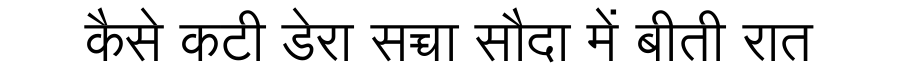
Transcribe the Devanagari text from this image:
कैसे कटी डेरा सच्चा सौदा में बीती रात